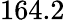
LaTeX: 164.2